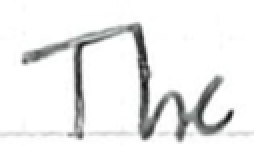
Text: The
Cross-out: clean
Writing tool: ballpoint